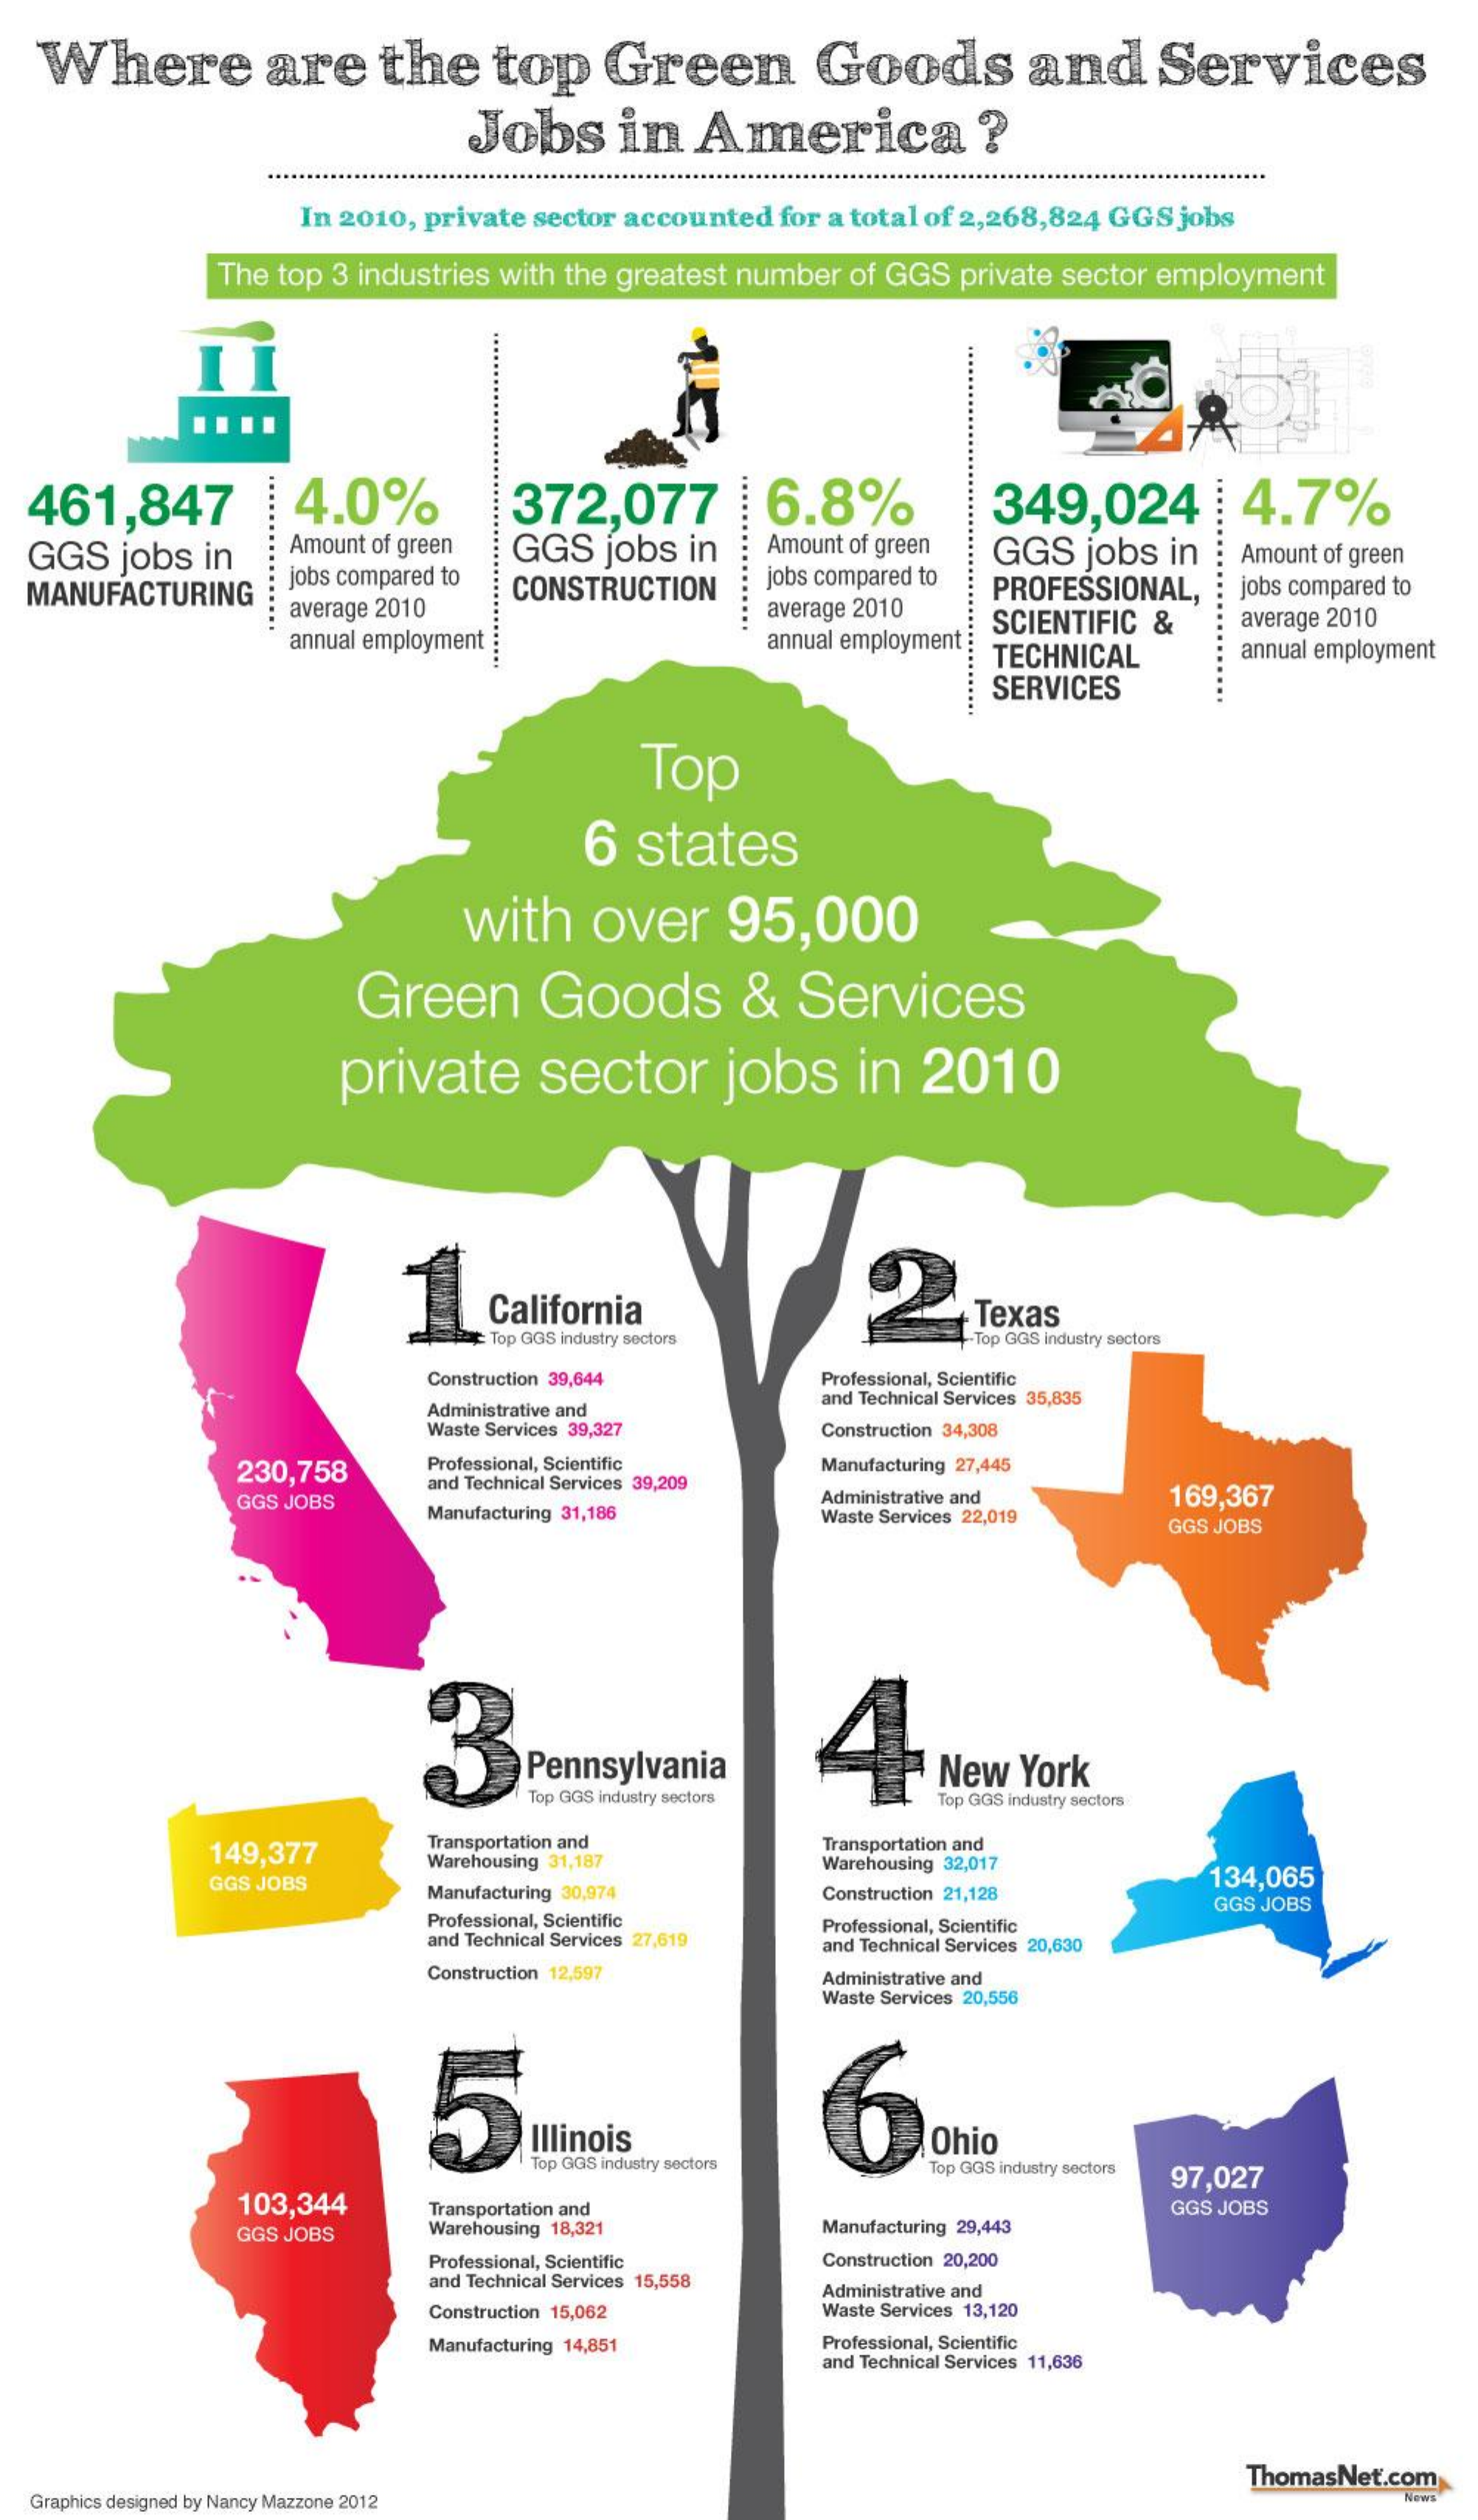
Where    are   the    top    Green    Goods    and    Services
     Jobs    in   America    ?
     In 2010, private sector accounted for a total of 2,268,824 GGS jobs
     The top 3 industries with the greatest number of GGS private sector employment
     ....
     I
  461,847    4.0%    372,077    6.8%    349,024    4.7%
  GGS  jobs in   Amount of green GGS jobs in  Amount of green
  MANUFACTURING  jobs compared to
     GGS  jobs in   Amount of green
     average 2010
     CONSTRUCTION   jobs compared to
     average 2010
     PROFESSIONAL,  jobs compared to
     annual employment :    annual employment ;
     SCIENTIFIC &   average 2010
     TECHNICAL    annual employment ......
     SERVICES
     Top
     6  states
     with   over    95,000
     Green    Goods    &  Services
     private    sector    jobs    in  2010
     1    California    Texas
     Top GGS industry sectors    Top GGS industry sectors
     Construction 39,644    Professional, Scientific
     Administrative and
     and Technical Services 35,835
     Waste Services 39,327  Construction 34,308
     230,758    Professional, Scientific
     and Technical Services 39,209
     Manufacturing 27,445
     GGS JOBS
     Manufacturing 31,186
     Administrative and   169,367
     Waste Services 22,019 GGS JOBS
     3
     Pennsylvania    New  York
     Top GGS industry sectors Top GGS industry sectors
     149,377
     Transportation and
     Warehousing 31,187
     Transportation and
     GGS JOBS
     Warehousing 32,017
     Manufacturing 30,974   Construction 21,128
     134,065
     Professional, Scientific
     and Technical Services 27,619
     Professional, Scientific
     GGS JOBS
     and Technical Services 20,630
     Construction 12,597    Administrative and
     Waste Services 20,556
     5    6
     Illinois    Ohio
     Top GGS industry sectors Top GGS industry sectors
     103,344
     97,027
     Transportation and
     Manufacturing 29,443
     GGS JOBS
     GGS JOBS    Warehousing 18,321
     Professional, Scientific Construction 20,200
     and Technical Services 15,558
     Construction 15,062
     Administrative and
     Waste Services 13,120
     Manufacturing 14,851   Professional, Scientific
     and Technical Services 11,636
     ThomasNet.com
  Graphics designed by Nancy Mazzone 2012    News